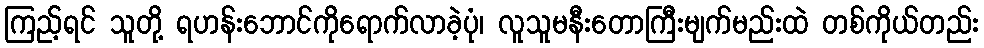
ကြည့်ရင် သူတို့ ရဟန်းဘောင်ကိုရောက်လာခဲ့ပုံ၊ လူသူမနီးတောကြီးမျက်မည်းထဲ တစ်ကိုယ်တည်း